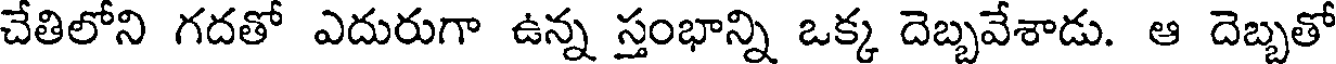
చేతిలోని గదతో ఎదురుగా ఉన్న స్తంభాన్ని ఒక్క దెబ్బవేశాడు. ఆ దెబ్బతో